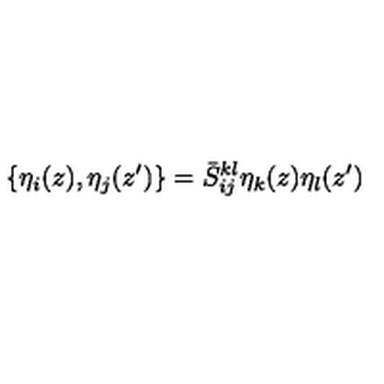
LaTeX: \{ \eta _ { i } ( z ) , \eta _ { j } ( z ^ { \prime } ) \} = \bar { S } _ { i j } ^ { k l } \eta _ { k } ( z ) \eta _ { l } ( z ^ { \prime } )